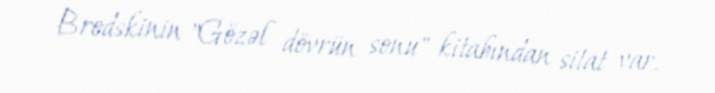
Brodskinin "Gözəl dövrün sonu" kitabından sitat var.